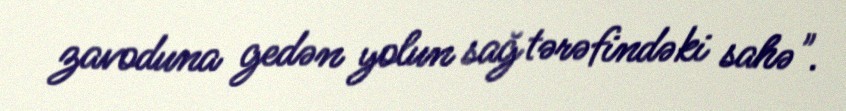
zavoduna gedən yolun sağ tərəfindəki sahə".